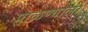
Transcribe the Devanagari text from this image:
पाळण्याला